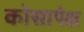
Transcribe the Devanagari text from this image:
कोसापेक्ष